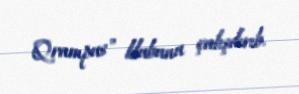
Qrampus" klubunu çalışdırıb.